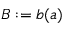
B : = \boldsymbol { b } ( \boldsymbol { a } )